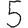
Digit: 5